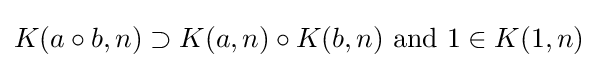
K(a\circ b,n)\supset K(a,n)\circ K(b,n){\text{ and }}1\in K(1,n)